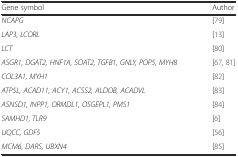
<table><thead><tr><td><b>Gene symbol</b></td><td><b>Author</b></td></tr></thead><tbody><tr><td><i>NCAPG</i></td><td>[79]</td></tr><tr><td><i>LAP3, LCORL</i></td><td>[13]</td></tr><tr><td><i>LCT</i></td><td>[80]</td></tr><tr><td><i>ASGR1, DGAT2, HNF1A, SOAT2, TGFB1, GNLY, POP5, MYH8</i></td><td>[67, 81]</td></tr><tr><td><i>COL3A1, MYH1</i></td><td>[82]</td></tr><tr><td><i>ATP5L, ACAD11, ACY1, ACSS2, ALDOB, ACADVL</i></td><td>[83]</td></tr><tr><td><i>ASNSD1, INPP1, ORMDL1, OSGEPL1, PMS1</i></td><td>[84]</td></tr><tr><td><i>SAMHD1, TLR9</i></td><td>[6]</td></tr><tr><td><i>UQCC, GDF5</i></td><td>[56]</td></tr><tr><td><i>MCM6, DARS, UBXN4</i></td><td>[85]</td></tr></tbody></table>